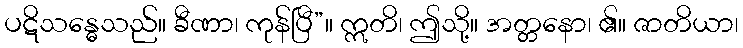
ပဋိသန္ဓေသည်။ ခီဏာ၊ ကုန်ပြီ”။ ဣတိ၊ ဤသို့။ အတ္တနော၊ ၏။ ဇာတိယာ၊